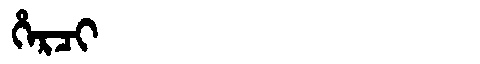
Manchu: ᡥᡝᡵᠴᡳ
Romanization: HERCI